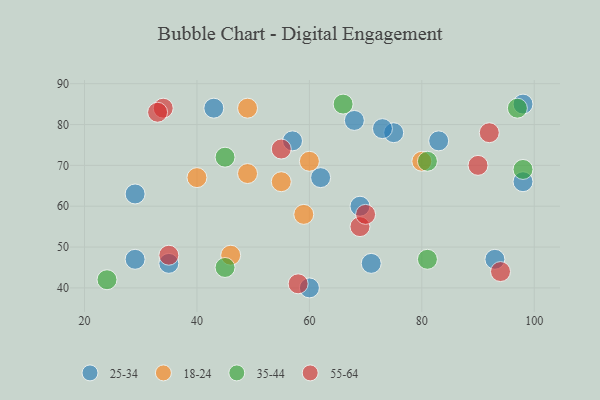
{"axis": {"x": "GDP", "y": "Life Expectancy"}, "legend": ["18-24", "25-34", "35-44", "55-64"], "data": [{"x": "75", "y": 78, "type": "25-34"}, {"x": "73", "y": 79, "type": "25-34"}, {"x": "60", "y": 40, "type": "25-34"}, {"x": "43", "y": 84, "type": "25-34"}, {"x": "68", "y": 81, "type": "25-34"}, {"x": "57", "y": 76, "type": "25-34"}, {"x": "98", "y": 66, "type": "25-34"}, {"x": "69", "y": 60, "type": "25-34"}, {"x": "62", "y": 67, "type": "25-34"}, {"x": "93", "y": 47, "type": "25-34"}, {"x": "98", "y": 85, "type": "25-34"}, {"x": "29", "y": 63, "type": "25-34"}, {"x": "83", "y": 76, "type": "25-34"}, {"x": "71", "y": 46, "type": "25-34"}, {"x": "29", "y": 47, "type": "25-34"}, {"x": "35", "y": 46, "type": "25-34"}, {"x": "80", "y": 71, "type": "18-24"}, {"x": "40", "y": 67, "type": "18-24"}, {"x": "49", "y": 68, "type": "18-24"}, {"x": "55", "y": 66, "type": "18-24"}, {"x": "49", "y": 84, "type": "18-24"}, {"x": "46", "y": 48, "type": "18-24"}, {"x": "60", "y": 71, "type": "18-24"}, {"x": "59", "y": 58, "type": "18-24"}, {"x": "81", "y": 71, "type": "35-44"}, {"x": "24", "y": 42, "type": "35-44"}, {"x": "66", "y": 85, "type": "35-44"}, {"x": "97", "y": 84, "type": "35-44"}, {"x": "45", "y": 72, "type": "35-44"}, {"x": "98", "y": 69, "type": "35-44"}, {"x": "45", "y": 45, "type": "35-44"}, {"x": "81", "y": 47, "type": "35-44"}, {"x": "58", "y": 41, "type": "55-64"}, {"x": "69", "y": 55, "type": "55-64"}, {"x": "34", "y": 84, "type": "55-64"}, {"x": "33", "y": 83, "type": "55-64"}, {"x": "35", "y": 48, "type": "55-64"}, {"x": "92", "y": 78, "type": "55-64"}, {"x": "94", "y": 44, "type": "55-64"}, {"x": "90", "y": 70, "type": "55-64"}, {"x": "55", "y": 74, "type": "55-64"}, {"x": "70", "y": 58, "type": "55-64"}]}